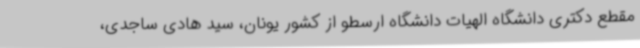
مقطع دکتری دانشگاه الهیات دانشگاه ارسطو از کشور یونان، سید هادی ساجدی،